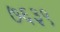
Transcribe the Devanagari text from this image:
७६३९